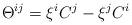
LaTeX: \begin{align*}\Theta^{ij} = \xi^i C^j-\xi^j C^i\end{align*}